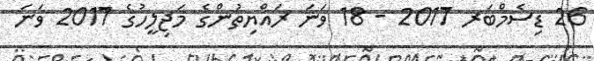
26 ޑިސެމްބަރ 2017 - 18 ވަނަ ރައްޔިތުންގެ މަޖިލީހުގެ 2017 ވަނަ